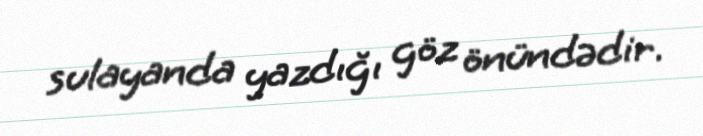
sulayanda yazdığı göz önündədir.